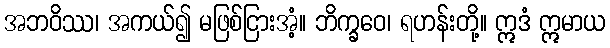
အဘဝိဿ၊ အကယ်၍ မဖြစ်ငြားအံ့။ ဘိက္ခဝေ၊ ရဟန်းတို့။ ဣဒံ ဣမာယ